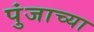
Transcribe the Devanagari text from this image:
पुंजाच्या